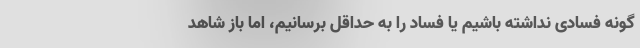
گونه فسادی نداشته باشیم یا فساد را به حداقل برسانیم، اما باز شاهد